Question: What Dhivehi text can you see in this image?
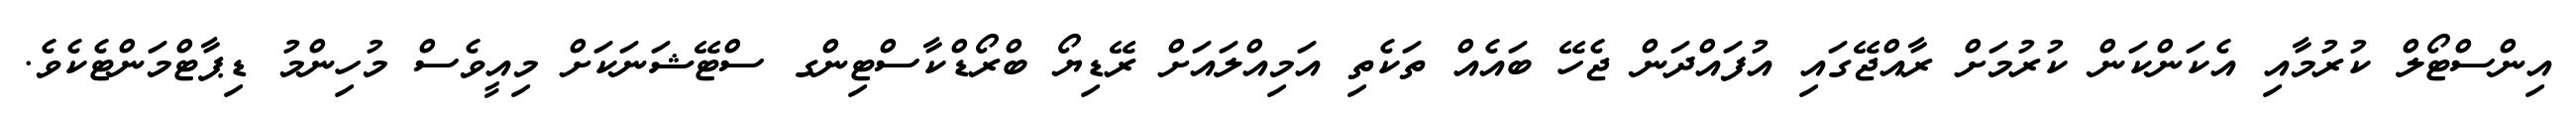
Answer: އިންސްޓޯލް ކުރުމާއި އެކަންކަން ކުރުމަށް ރާއްޖޭގައި އުފައްދަން ޖެހޭ ބައެއް ތަކެތި އަމިއްލައަށް ރޭޑިޔޯ ބްރޯޑްކާސްޓިންގ ސްޓޭޝަނަކަށް މިއީވެސް މުހިންމު ޑިޕާޓްމަންޓެކެވެ.